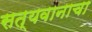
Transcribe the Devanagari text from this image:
सत्यवानाचा